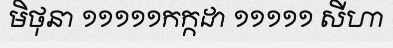
មិថុនា ១១១១១កក្កដា ១១១១១ សីហា